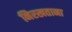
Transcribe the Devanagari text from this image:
निरखताना